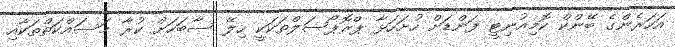
އަހަރެންގެ ބޭންކް ކޮމިއުނިޓީ ފަންޑަށް ހުށަހަޅާ ޕްރޮޕޯސަލްތަކަކީ ހިލޭ ސާބަހަށް ކުރާ މަސައްކަތްތަކާއި